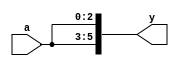
/* Generated by Yosys 0.23+35 (git sha1 23e26ff66, clang 10.0.0-4ubuntu1 -fPIC -Os) */

module mult8(a, y);
  input [2:0] a;
  wire [2:0] a;
  output [5:0] y;
  wire [5:0] y;
  assign y = { a, a };
endmodule